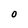
Character: O